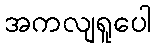
အကလျရူပေါ